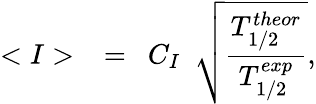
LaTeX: <I>~~=~~C_{I}~~\sqrt{\frac{T_{1/2}^{theor}}{T_{1/2}^{exp}}},